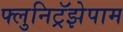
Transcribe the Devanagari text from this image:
फ्लुनिट्रॅझेपाम